system: You are a helpful assistant.
user:
Analyze the provided spectrum to determine if it is a **Carbon Star (C-type)**.

- **Key Visual Indicators of Carbon Star:**
    - **(Primary):** Strong molecular absorption from **C₂ (diatomic carbon) "Swan Bands."** This is the **defining feature** of a carbon star.
        - **(Key Bandheads):** Sharp absorption edges are visible at approximately $5635$ Å, $5165$ Å (the strongest band), and $4737$ Å.
        - **(Line Profile):** Creates a distinct **"saw-tooth"** pattern. The key morphology is a sharp, steep bandhead on the **red (long-wavelength) side**, which then gradually tapers off (i.e., flux recovers) towards the **blue (short-wavelength) side**. *(This is the direct opposite of the TiO bands seen in M-type stars)*.

    - **(Secondary):** Intense **CN (cyanogen)** molecular absorption bands.
        - **(Key Bandheads):** Located in the blue and violet regions of the spectrum (e.g., near $4215$ Å and $3883$ Å).
        - **(Morphology):** These bands are extremely broad and act as a "blanket," absorbing the vast majority of blue and violet light. This creates a characteristic **"cliff"** or **"steep drop-off"** in the spectrum's flux at short wavelengths.

    - **(Key Confirmation):** Strong **CH absorption band (G-band)**.
        - **(Key Bandhead):** Located around $4300$ Å. The contribution from CH molecules to this band is exceptionally strong.

    - **(Overall Spectrum):**
        - The continuum is severely "chopped up" by these deep molecular bands, especially C₂, rather than appearing as a smooth curve.
        - Due to the heavy CN and C₂ absorption in the blue-green, the vast majority of the star's flux is concentrated in the red part of the spectrum, giving the star its characteristic deep red color.

Think first, call **spectral_visualization_tool** if needed to examine features in detail, then provide your final answer. Your response must adhere to the following strict rules:
1.  **Overall Structure:** Your response must follow the format `<think>...</think> <tool_call>...</tool_call> (if a tool is used) <answer>...</answer>`.
2.  **Tool Usage Constraint:** You may only make **one** tool call per turn.
3.  **Final Answer Format:** In the `<answer>` tag, your conclusion must be inside a `\boxed{}` command (e.g., `\boxed{YES}`), followed by your justification.

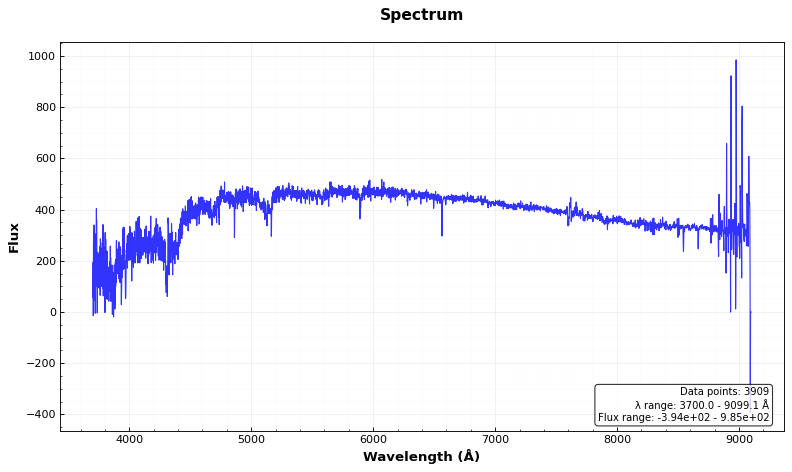
Answer: YES